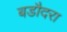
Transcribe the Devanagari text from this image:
बडौदरा